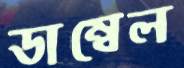
ডাম্বেল